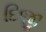
દિજી